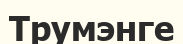
Трумэнге